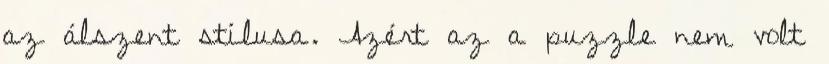
az álszent stílusa. Azért az a puzzle nem volt